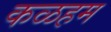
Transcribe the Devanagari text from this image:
कळहम